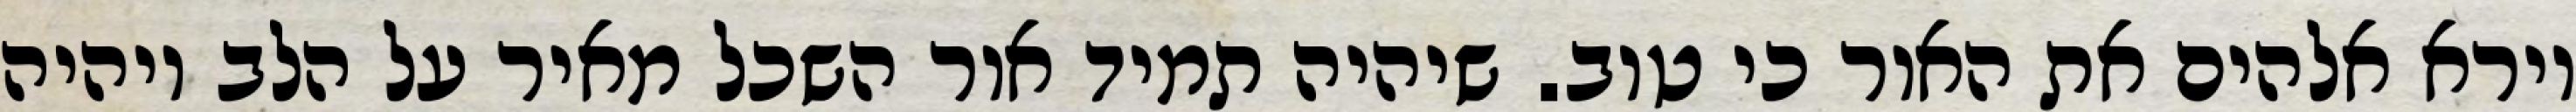
וירא אלהים את האור כי טוב. שיהיה תמיד אור השכל מאיר על הלב ויהיה